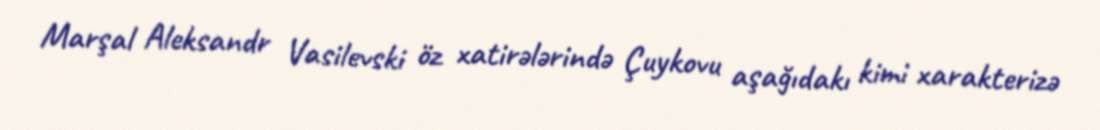
Marşal Aleksandr Vasilevski öz xatirələrində Çuykovu aşağıdakı kimi xarakterizə